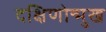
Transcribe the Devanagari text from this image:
दक्षिणोन्मुख